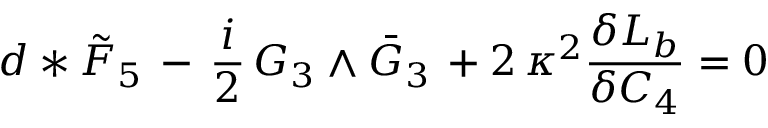
d * \tilde { F } _ { 5 } \, - \, \frac { i } { 2 } \, G _ { 3 } \wedge \bar { G } _ { 3 } \, + 2 \, \kappa ^ { 2 } \frac { \delta { \cal L } _ { b } } { \delta C _ { 4 } } = 0